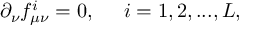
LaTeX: \partial _ { \nu } f _ { \mu \nu } ^ { i } = 0 , \; \; \; \; \; i = 1 , 2 , . . . , L ,